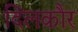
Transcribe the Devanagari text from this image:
दिलकौर